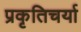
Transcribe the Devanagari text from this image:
प्रकृतिचर्या